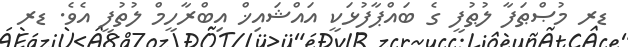
ޑރ މުޞްޠަފާ ލުޠުފީ ގެ ބައްޕާފުޅަކީ އައްޝައިޚް އިބްރާހީމް ލުތުފީ އެވެ. ޑރ